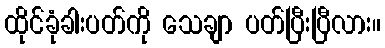
ထိုင်ခုံခါးပတ်ကို သေချာ ပတ်ပြီးပြီလား။